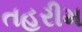
તહરીમ